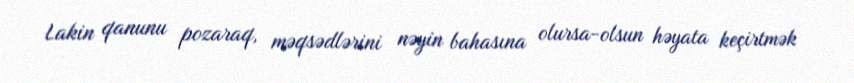
Lakin qanunu pozaraq, məqsədlərini nəyin bahasına olursa-olsun həyata keçirtmək